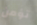
تؤمن